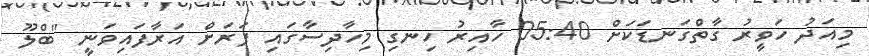
މިއަދު ހަވީރު ގާތްގަނޑަކަށް 05:40 ހާއިރު ހިނގި މިހާދިސާގައި ފަރަށް އަރާފައިވަނީ "ބްލޫ